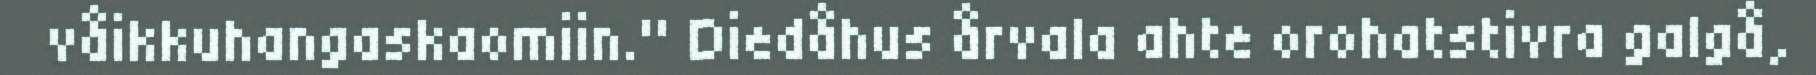
våikkuhangaskaomiin." Diedåhus årvala ahte orohatstivra galgå,